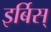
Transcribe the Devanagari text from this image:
इर्बिस्